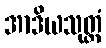
အာဒိယသုတ္တံ